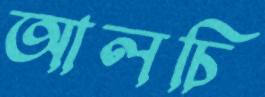
আলচি